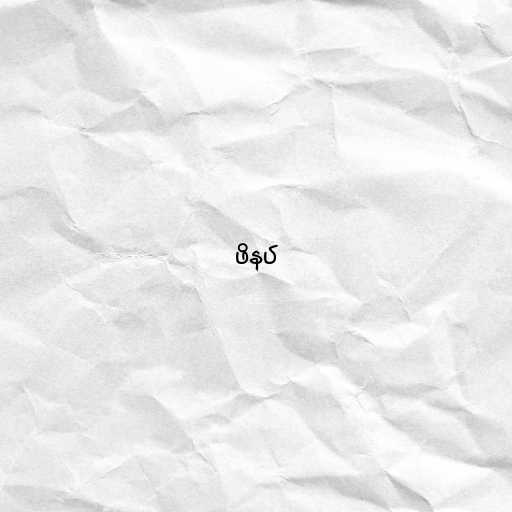
ဖိနပ်